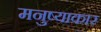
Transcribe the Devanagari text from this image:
मनुष्याकार